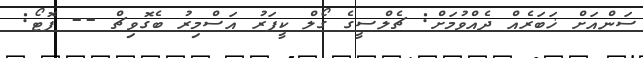
ސަންއަށް ޚަބަރެއް ދެއްވުމަށް: ޗެލްސީގެ ގޯލް ކީޕަރު އަސްމިރު ބެގޮވިޗް -- ފޮޓޯ: